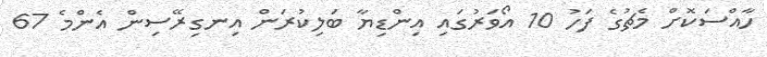
ހާއްސަކޮށް މެޗުގެ ފަހު 10 އޯވަރުގައި އިންޑިޔާ ބަލިކުރަން އިނގިރޭސިން އެންމެ 67